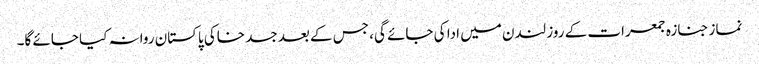
نماز جنازہ جمعرات کے روز لندن میں ادا کی جائے گی، جس کے بعد جسد خاکی پاکستان روانہ کیا جائے گا۔